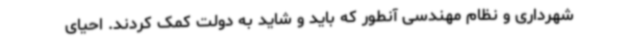
شهرداری و نظام مهندسی آنطور که باید و شاید به دولت کمک کردند. احیای